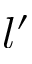
l ^ { \prime }